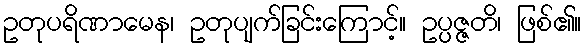
ဥတုပရိဏာမေန၊ ဥတုပျက်ခြင်းကြောင့်။ ဥပ္ပဇ္ဇတိ၊ ဖြစ်၏။